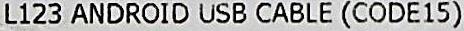
L123 ANDROID USB CABLE (CODE15)